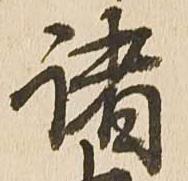
諸